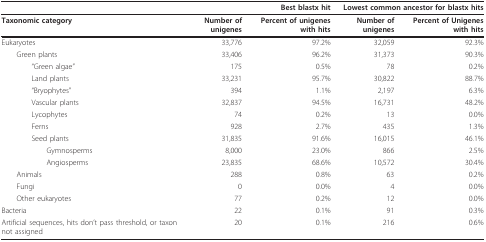
<table><thead><tr><td></td><td colspan="2"><b>Best blastx hit</b></td><td colspan="2"><b>Lowest common ancestor for blastx hits</b></td></tr></thead><tbody><tr><td><b>Taxonomic category</b></td><td><b>Number of unigenes</b></td><td><b>Percent of unigenes with hits</b></td><td><b>Number of unigenes</b></td><td><b>Percent of Unigenes with hits</b></td></tr><tr><td>Eukaryotes</td><td>33,776</td><td>97.2%</td><td>32,059</td><td>92.3%</td></tr><tr><td> Green plants</td><td>33,406</td><td>96.2%</td><td>31,373</td><td>90.3%</td></tr><tr><td>&quot;Green algae&quot;</td><td>175</td><td>0.5%</td><td>78</td><td>0.2%</td></tr><tr><td>Land plants</td><td>33,231</td><td>95.7%</td><td>30,822</td><td>88.7%</td></tr><tr><td>&quot;Bryophytes&quot;</td><td>394</td><td>1.1%</td><td>2,197</td><td>6.3%</td></tr><tr><td>Vascular plants</td><td>32,837</td><td>94.5%</td><td>16,731</td><td>48.2%</td></tr><tr><td>Lycophytes</td><td>74</td><td>0.2%</td><td>13</td><td>0.0%</td></tr><tr><td>Ferns</td><td>928</td><td>2.7%</td><td>435</td><td>1.3%</td></tr><tr><td>Seed plants</td><td>31,835</td><td>91.6%</td><td>16,015</td><td>46.1%</td></tr><tr><td>Gymnosperms</td><td>8,000</td><td>23.0%</td><td>866</td><td>2.5%</td></tr><tr><td>Angiosperms</td><td>23,835</td><td>68.6%</td><td>10,572</td><td>30.4%</td></tr><tr><td> Animals</td><td>288</td><td>0.8%</td><td>63</td><td>0.2%</td></tr><tr><td> Fungi</td><td>0</td><td>0.0%</td><td>4</td><td>0.0%</td></tr><tr><td> Other eukaryotes</td><td>77</td><td>0.2%</td><td>12</td><td>0.0%</td></tr><tr><td>Bacteria</td><td>22</td><td>0.1%</td><td>91</td><td>0.3%</td></tr><tr><td>Artificial sequences, hits don&#x27;t pass threshold, or taxon not assigned</td><td>20</td><td>0.1%</td><td>216</td><td>0.6%</td></tr></tbody></table>